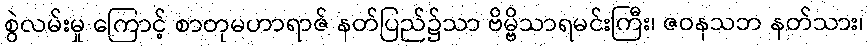
စွဲလမ်းမှု ကြောင့် စာတုမဟာရာဇ် နတ်ပြည်၌သာ ဗိမ္ဗိသာရမင်းကြီး၊ ဇဝနသဘ နတ်သား၊